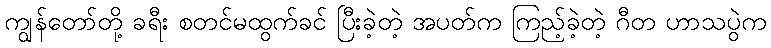
ကျွန်တော်တို့ ခရီး စတင်မထွက်ခင် ပြီးခဲ့တဲ့ အပတ်က ကြည့်ခဲ့တဲ့ ဂီတ ဟာသပွဲက